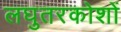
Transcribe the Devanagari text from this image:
लघुतरकोशों